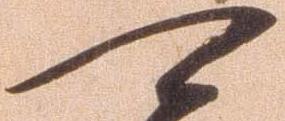
可